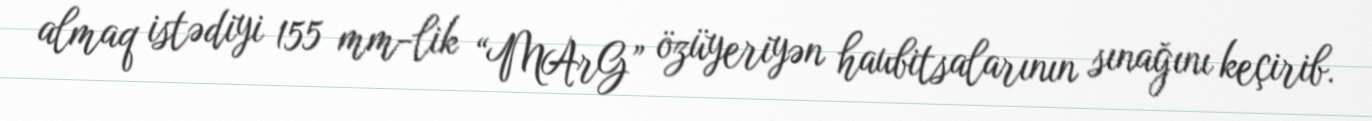
almaq istədiyi 155 mm-lik “MArG” özüyeriyən haubitsalarının sınağını keçirib.